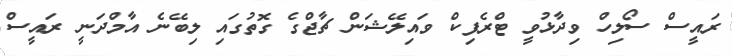
ރައީސް ސޯލިހް ވިދާޅުވީ ޓްރެފިކް ވައިލޭޝަން ޗާޖްގެ ގޮތުގައި ލިބޭނެ އާމްދަނީ ރައީސް